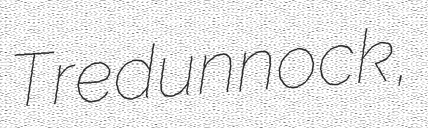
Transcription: Tredunnock,